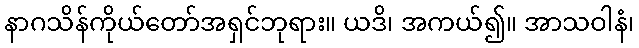
နာဂသိန်ကိုယ်တော်အရှင်ဘုရား။ ယဒိ၊ အကယ်၍။ အာသဝါနံ၊